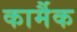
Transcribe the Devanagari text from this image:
कार्मैक